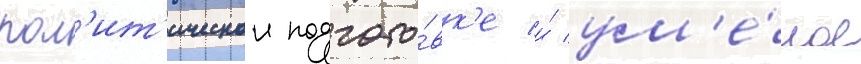
пол'ит'ическои подгото́вк'е и́ ум'е́лое